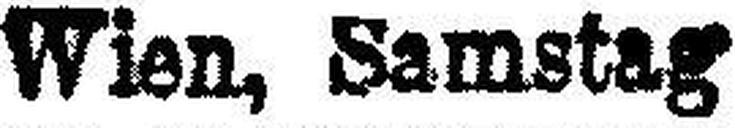
Wien, Samstag